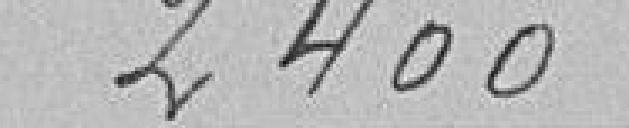
2 400